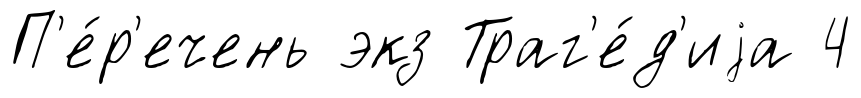
П'е́р'ечень экз Траг'е́д'иjа 4